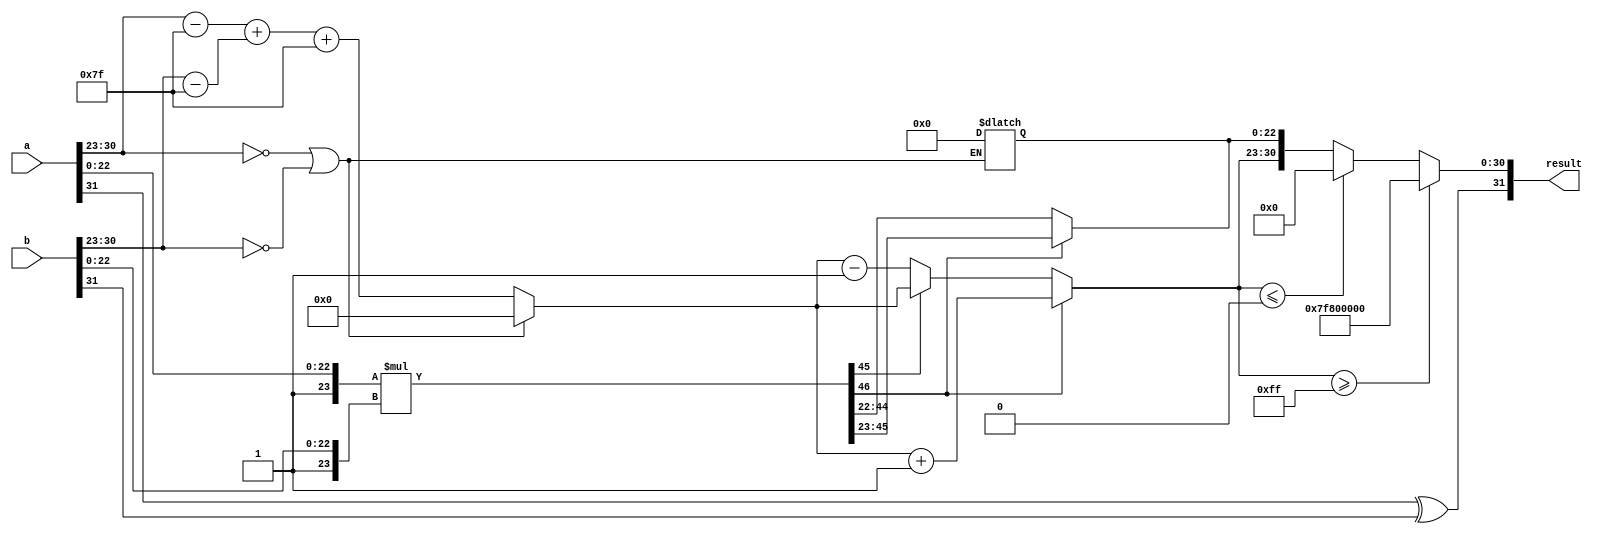
module floating_point_multiplier (
    input [31:0] a, // First floating-point input
    input [31:0] b, // Second floating-point input
    output reg [31:0] result // Resulting floating-point output
);

    // Constants
    parameter BIAS = 8'd127;
    parameter MANTISSA_WIDTH = 23;
    parameter EXPONENT_WIDTH = 8;

    // Internal signals
    wire sign_a, sign_b;
    wire [EXPONENT_WIDTH-1:0] exp_a, exp_b;
    wire [MANTISSA_WIDTH-1:0] mant_a, mant_b;
    wire [MANTISSA_WIDTH+1:0] mant_a_norm, mant_b_norm;
    wire [MANTISSA_WIDTH+MANTISSA_WIDTH:0] mant_product;
    reg [EXPONENT_WIDTH-1:0] exp_result;
    reg sign_result;
    reg [MANTISSA_WIDTH-1:0] mant_result;
    reg [EXPONENT_WIDTH-1:0] exp_final;

    // Extract components
    assign sign_a = a[31];
    assign exp_a = a[30:23];
    assign mant_a = a[22:0];
    
    assign sign_b = b[31];
    assign exp_b = b[30:23];
    assign mant_b = b[22:0];

    // Normalize mantissas (add implicit leading one)
    assign mant_a_norm = {1'b1, mant_a}; // 1.M1
    assign mant_b_norm = {1'b1, mant_b}; // 1.M2

    // Calculate sign of the result
    always @(*) begin
        sign_result = sign_a ^ sign_b;
    end

    // Calculate exponent of the result
    always @(*) begin
        if (exp_a == 8'b0 || exp_b == 8'b0) begin
            // If either exponent is zero, result is zero
            exp_result = 8'b0;
            mant_result = 23'b0;
        end else begin
            exp_result = (exp_a - BIAS) + (exp_b - BIAS) + BIAS;
        end
    end

    // Multiply mantissas
    assign mant_product = mant_a_norm * mant_b_norm;

    // Normalize the result
    always @(*) begin
        if (mant_product[MANTISSA_WIDTH + MANTISSA_WIDTH] == 1'b1) begin
            // Result is >= 2, right shift
            mant_result = mant_product[MANTISSA_WIDTH + MANTISSA_WIDTH - 1:MANTISSA_WIDTH];
            exp_final = exp_result + 1;
        end else if (mant_product[MANTISSA_WIDTH + MANTISSA_WIDTH - 1] == 1'b1) begin
            // Result is in range [1, 2)
            mant_result = mant_product[MANTISSA_WIDTH + MANTISSA_WIDTH - 2:MANTISSA_WIDTH - 1];
            exp_final = exp_result;
        end else begin
            // Result is < 1, left shift
            mant_result = mant_product[MANTISSA_WIDTH + MANTISSA_WIDTH - 2:MANTISSA_WIDTH - 1];
            exp_final = exp_result - 1;
        end
    end

    // Assemble the final result
    always @(*) begin
        if (exp_final >= 8'd255) begin
            // Overflow: set to infinity
            result = {sign_result, 8'b11111111, 23'b0};
        end else if (exp_final <= 8'd0) begin
            // Underflow: set to zero
            result = {sign_result, 8'b0, 23'b0};
        end else begin
            // Normal case
            result = {sign_result, exp_final[EXPONENT_WIDTH-1:0], mant_result};
        end
    end

endmodule